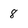
Character: 8